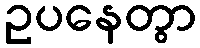
ဥပနေတွာ